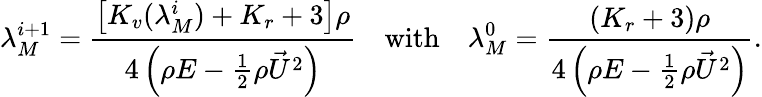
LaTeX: \lambda_{M}^{i+1}=\frac{\left[K_{v}(\lambda_{M}^{i})+K_{r}+3\right]\rho}{4\left(\rho E-\frac{1}{2}\rho\vec{U}^{2}\right)}\quad\mathrm{with}\quad\lambda_{M}^{0}=\frac{\left(K_{r}+3\right)\rho}{4\left(\rho E-\frac{1}{2}\rho\vec{U}^{2}\right)}.